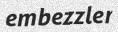
embezzler